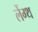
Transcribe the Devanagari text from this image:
लेंग्थ